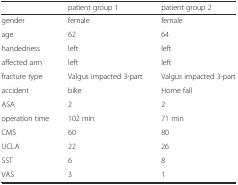
|  | patient group 1 | patient group 2 |
 | --- | --- | --- |
 | gender | female | female |
 | age | 62 | 64 |
 | handedness | left | left |
 | affected arm | left | left |
 | fracture type | Valgus impacted 3-part | Valgus impacted 3-part |
 | accident | bike | Home fall |
 | ASA | 2 | 2 |
 | operation time | 102 min | 71 min |
 | CMS | 60 | 80 |
 | UCLA | 22 | 26 |
 | SST | 6 | 8 |
 | VAS | 3 | 1 |